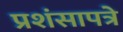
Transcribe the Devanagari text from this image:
प्रशंसापत्रे